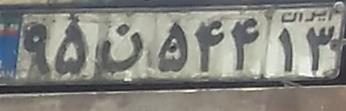
۹۵ن۵۴۴۱۳